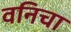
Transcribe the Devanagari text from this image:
वनिचा